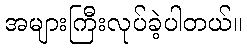
အများကြီးလုပ်ခဲ့ပါတယ်။